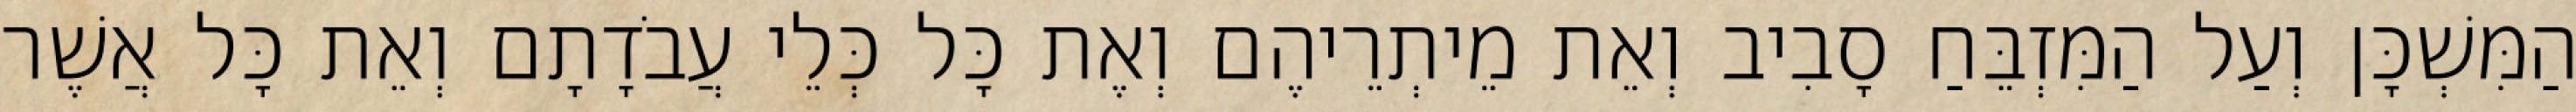
הַמִּשְׁכָּן וְעַל הַמִּזְבֵּחַ סָבִיב וְאֵת מֵיתְרֵיהֶם וְאֶת כָּל כְּלֵי עֲבֹדָתָם וְאֵת כָּל אֲשֶׁר